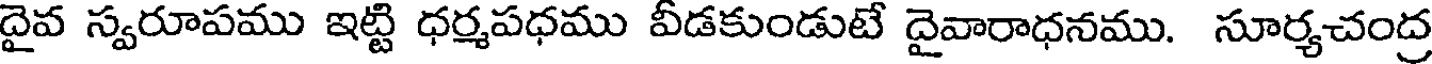
దైవ స్వరూపము ఇట్టి ధర్మపధము వీడకుండుటే దైవారాధనము. సూర్యచంద్ర